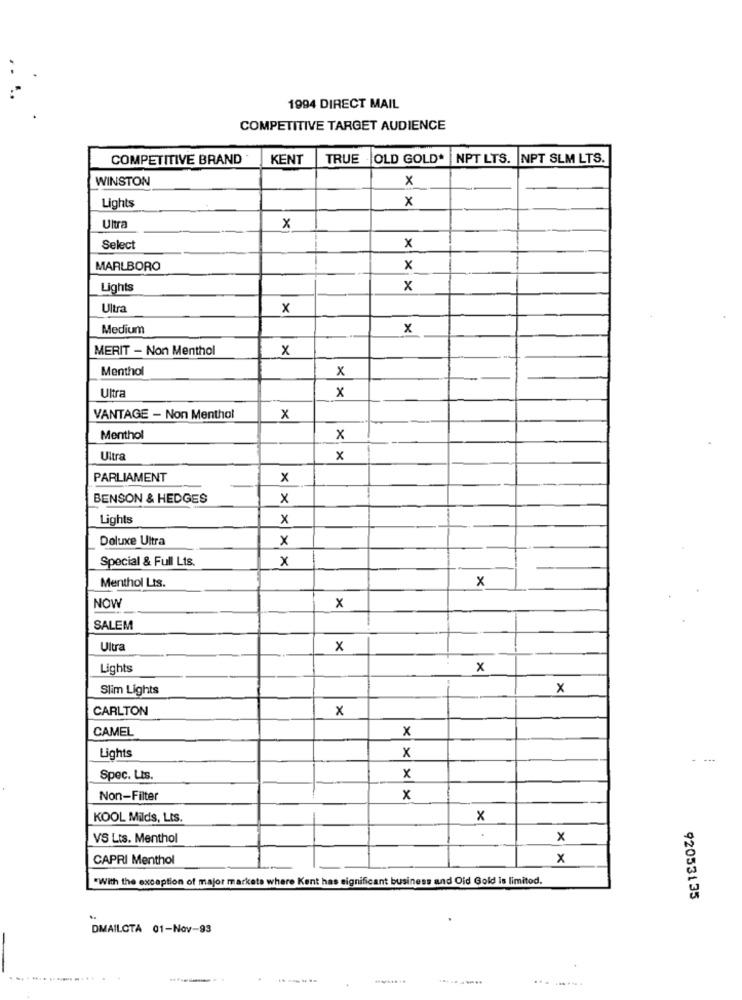
1994 DIRECT MAIL
COMPETITIVE TARGET AUDIENCE
COMPETITIVE BRAND
KENT
TRUE
OLD GOLD*
NPT LTS.
NPT SLM LTS.
WINSTON
x
x
Lights
Ultra
x
Select
x
MARLBORO
x
Lights
x
Ultra
x
Medium
x
MERIT - Non Menthol
X
Menthol
x
Ultra
x
VANTAGE - Non Menthol
x
Menthol
x
Ultra
x
PARLIAMENT
x
BENSON & HEDGES
x
Lights
x
Doluxe Ultra
x
Special & Full Lts.
x
Menthol Lis.
x
NOW
x
SALEM
Ultra
x
Lights
x
Slim Lights
x
CARLTON
x
CAMEL
x
Lights
x
Spec. Lis.
x
Non-Filter
x
KOOL Milds, LtS.
x
.
VS Lts. Menthol
x
CAPRI Menthol
x
"With the exception of major markets where Kent has significant business and Oid Gold is limited.
92053135
DMAILCTA 01-Nov-93
....
-----
........